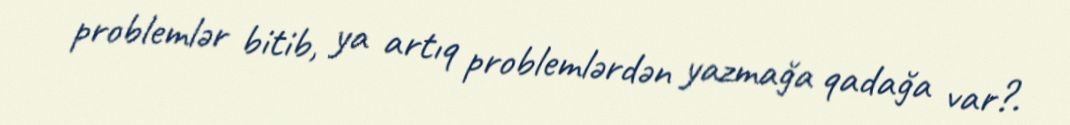
problemlər bitib, ya artıq problemlərdən yazmağa qadağa var?.